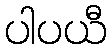
ပါပယီ